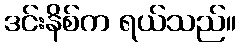
ဒင်းနိစ်က ရယ်သည်။